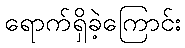
ရောက်ရှိခဲ့ကြောင်း